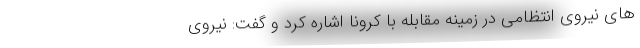
های نیروی انتظامی در زمینه مقابله با کرونا اشاره کرد و گفت: نیروی